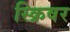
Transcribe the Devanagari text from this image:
स्क्रिवर